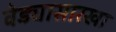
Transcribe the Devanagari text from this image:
वेड्यासारखा